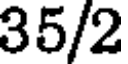
35/2